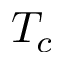
T _ { c }